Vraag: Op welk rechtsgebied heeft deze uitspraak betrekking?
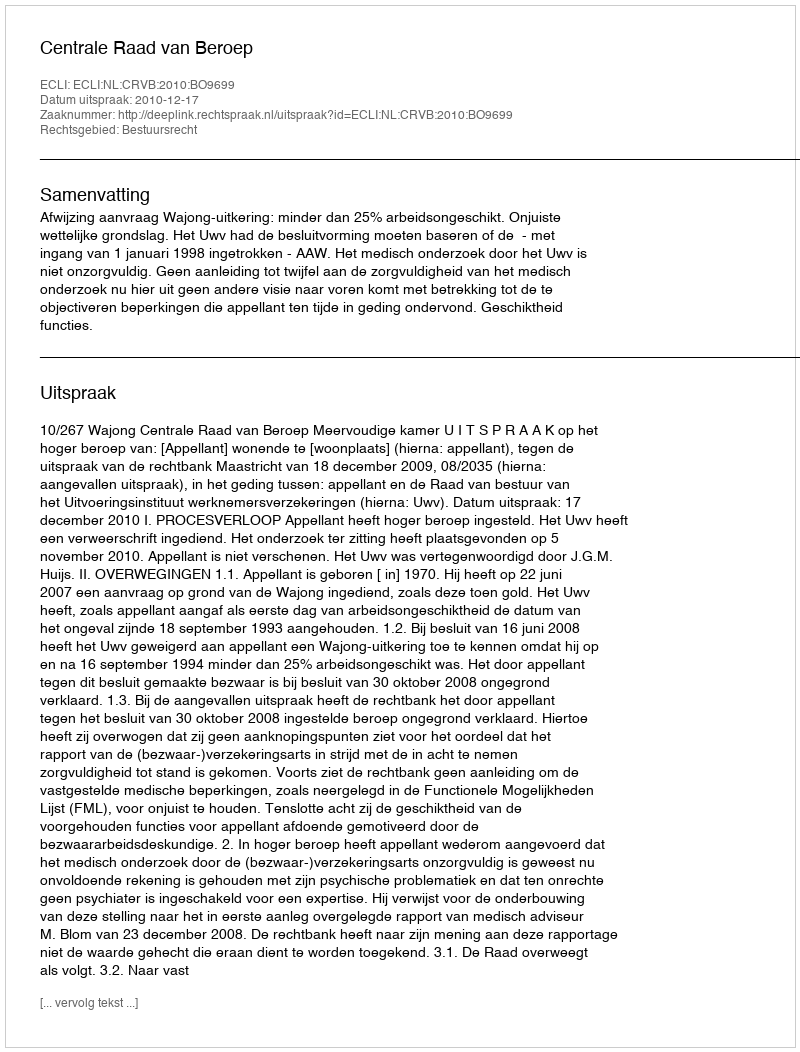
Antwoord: Bestuursrecht